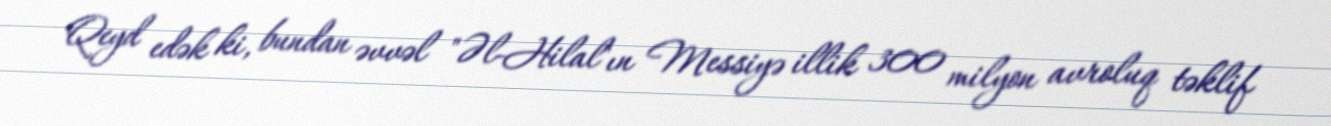
Qeyd edək ki, bundan əvvəl "Əl-Hilal"ın Messiyə illik 300 milyon avroluq təklif